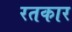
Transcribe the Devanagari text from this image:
रतकार